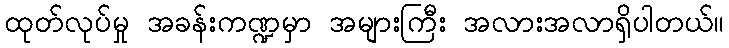
ထုတ်လုပ်မှု အခန်းကဏ္ဍမှာ အများကြီး အလားအလာရှိပါတယ်။